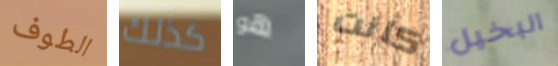
الطوف كذلك هو كانت البخيل